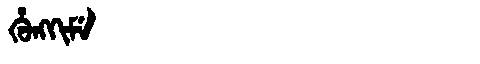
Manchu: ᡥᡠᠩᡴᡳᠮᡝ
Romanization: HUNGKIME